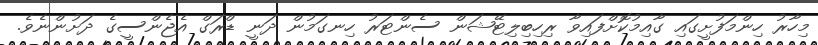
މިހާރު ހިންމަފުށީގައި ގާއިމުކޮށްފައިވާ ރިހިބިލިޓޭޝަން ސެންޓަރު ހިނގަމުން ދަނީ ޑްރަގް އެޖެންސީގެ ދަށުންނެވެ.